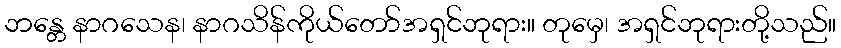
ဘန္တေ နာဂသေန၊ နာဂသိန်ကိုယ်တော်အရှင်ဘုရား။ တုမှေ၊ အရှင်ဘုရားတို့သည်။